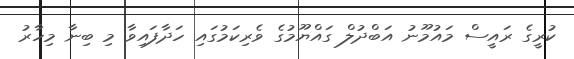
ކުރީގެ ރައީސް މައުމޫނު އަބްދުލް ގައްޔޫމުގެ ވެރިކަމުގައި ހަދާފައިވާ މި ބިނާ މިހާރު